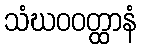
သံဃဝဝတ္ထာနံ